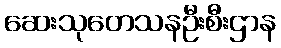
ဆေးသုတေသနဦးစီးဌာန